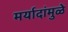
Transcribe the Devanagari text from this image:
मर्यादांमुळे